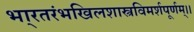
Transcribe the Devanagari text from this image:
भा्रतरंभखिलशास्त्रविमर्शपूर्णम्।।